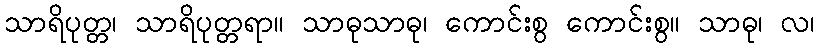
သာရိပုတ္တ၊ သာရိပုတ္တရာ။ သာဓုသာဓု၊ ကောင်းစွ ကောင်းစွ။ သာဓု၊ လ၊